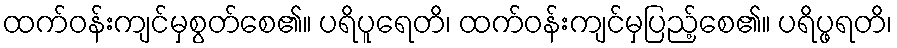
ထက်ဝန်းကျင်မှစွတ်စေ၏။ ပရိပူရေတိ၊ ထက်ဝန်းကျင်မှပြည့်စေ၏။ ပရိပ္ဖရတိ၊